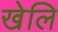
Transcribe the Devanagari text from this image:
खेलि